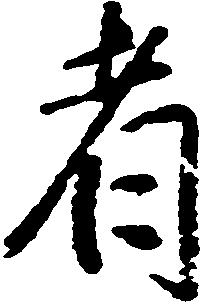
者